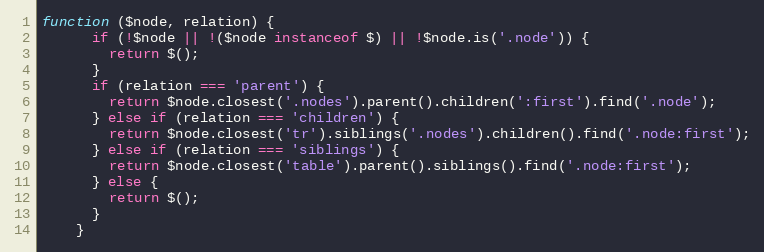
Language: JavaScript
function ($node, relation) {
      if (!$node || !($node instanceof $) || !$node.is('.node')) {
        return $();
      }
      if (relation === 'parent') {
        return $node.closest('.nodes').parent().children(':first').find('.node');
      } else if (relation === 'children') {
        return $node.closest('tr').siblings('.nodes').children().find('.node:first');
      } else if (relation === 'siblings') {
        return $node.closest('table').parent().siblings().find('.node:first');
      } else {
        return $();
      }
    }